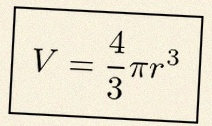
V=\frac43\pi r^3